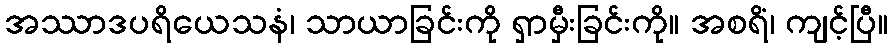
အဿာဒပရိယေသနံ၊ သာယာခြင်းကို ရှာမှီးခြင်းကို။ အစရိံ၊ ကျင့်ပြီ။